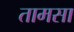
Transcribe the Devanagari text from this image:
तामसा